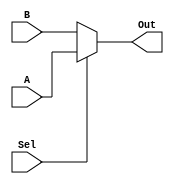

`timescale 1ns/1ns

module MUX(A, B, Sel, Out);
parameter n =4;
input [n-1: 0] A, B;
input Sel;
output [n-1:0]Out;

assign {Out} = (Sel)? {A}:{B};
endmodule